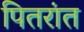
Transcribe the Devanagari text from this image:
पितरांत